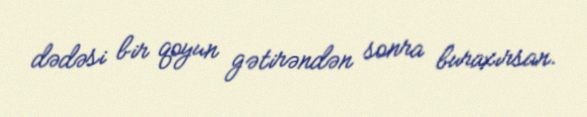
dədəsi bir qoyun gətirəndən sonra buraxırsan.